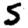
Digit: 5